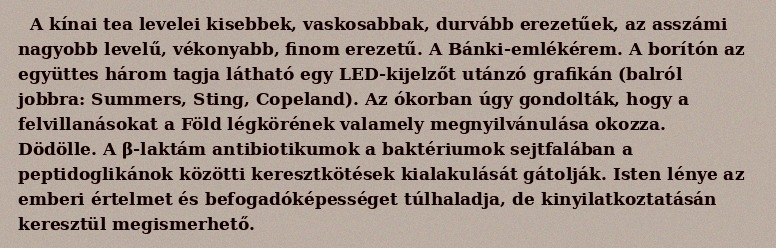
A kínai tea levelei kisebbek, vaskosabbak, durvább erezetűek, az asszámi nagyobb levelű, vékonyabb, finom erezetű. A Bánki-emlékérem. A borítón az együttes három tagja látható egy LED-kijelzőt utánzó grafikán (balról jobbra: Summers, Sting, Copeland). Az ókorban úgy gondolták, hogy a felvillanásokat a Föld légkörének valamely megnyilvánulása okozza. Dödölle. A β-laktám antibiotikumok a baktériumok sejtfalában a peptidoglikánok közötti keresztkötések kialakulását gátolják. Isten lénye az emberi értelmet és befogadóképességet túlhaladja, de kinyilatkoztatásán keresztül megismerhető.